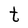
Character: t